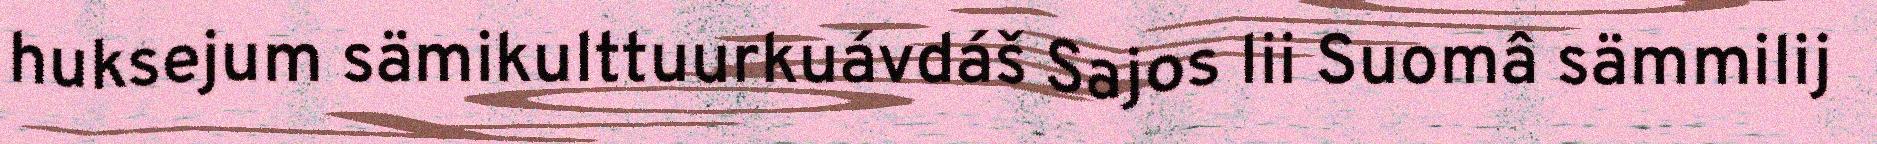
huksejum sämikulttuurkuávdáš Sajos lii Suomâ sämmilij